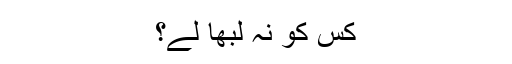
کس کو نہ لبھا لے؟